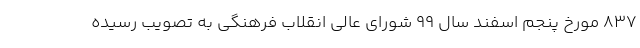
۸۳۷ مورخ پنجم اسفند سال ۹۹ شورای عالی انقلاب فرهنگی به تصویب رسیده